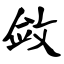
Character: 敛